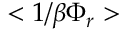
< 1 / \beta \Phi _ { r } >